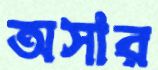
অসার